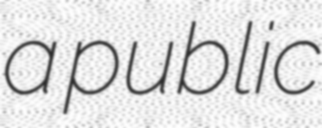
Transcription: a public